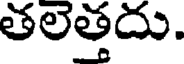
తలెత్తదు.